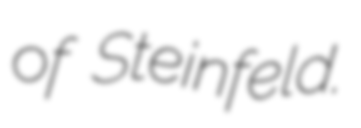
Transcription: of Steinfeld.